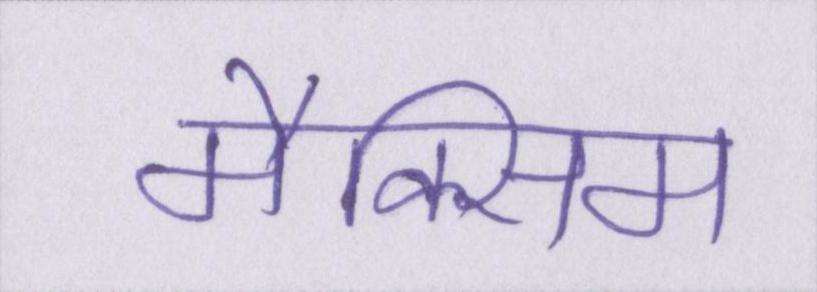
मैक्सिम